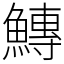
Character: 鱄